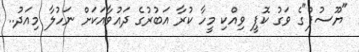
"ޔޫސުފް"ގެ ވަގު ކޮޕީ ވިއްކި މީހާ ކުރާ އަބުރުގެ ދައުވާއަކަށް ނަހުލާ މިއަދު..